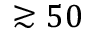
\gtrsim 5 0